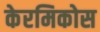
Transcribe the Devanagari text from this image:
केरमिकोस